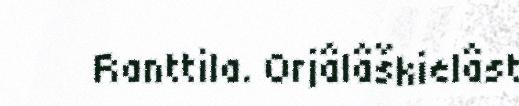
Ranttila. Orjâlâškielâst